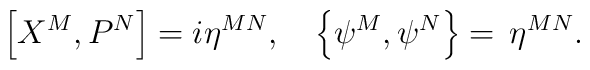
\left[ X^M,P^N\right] =i\eta ^{MN},\quad \left\{ \psi ^M,\psi ^N\right\}=\,\eta ^{MN}.